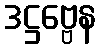
ဒဋ္ဌဗ္ဗေန